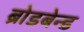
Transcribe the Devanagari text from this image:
ब्रोडबेन्ड